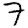
Digit: 7